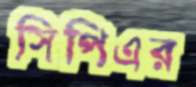
সিপিএর